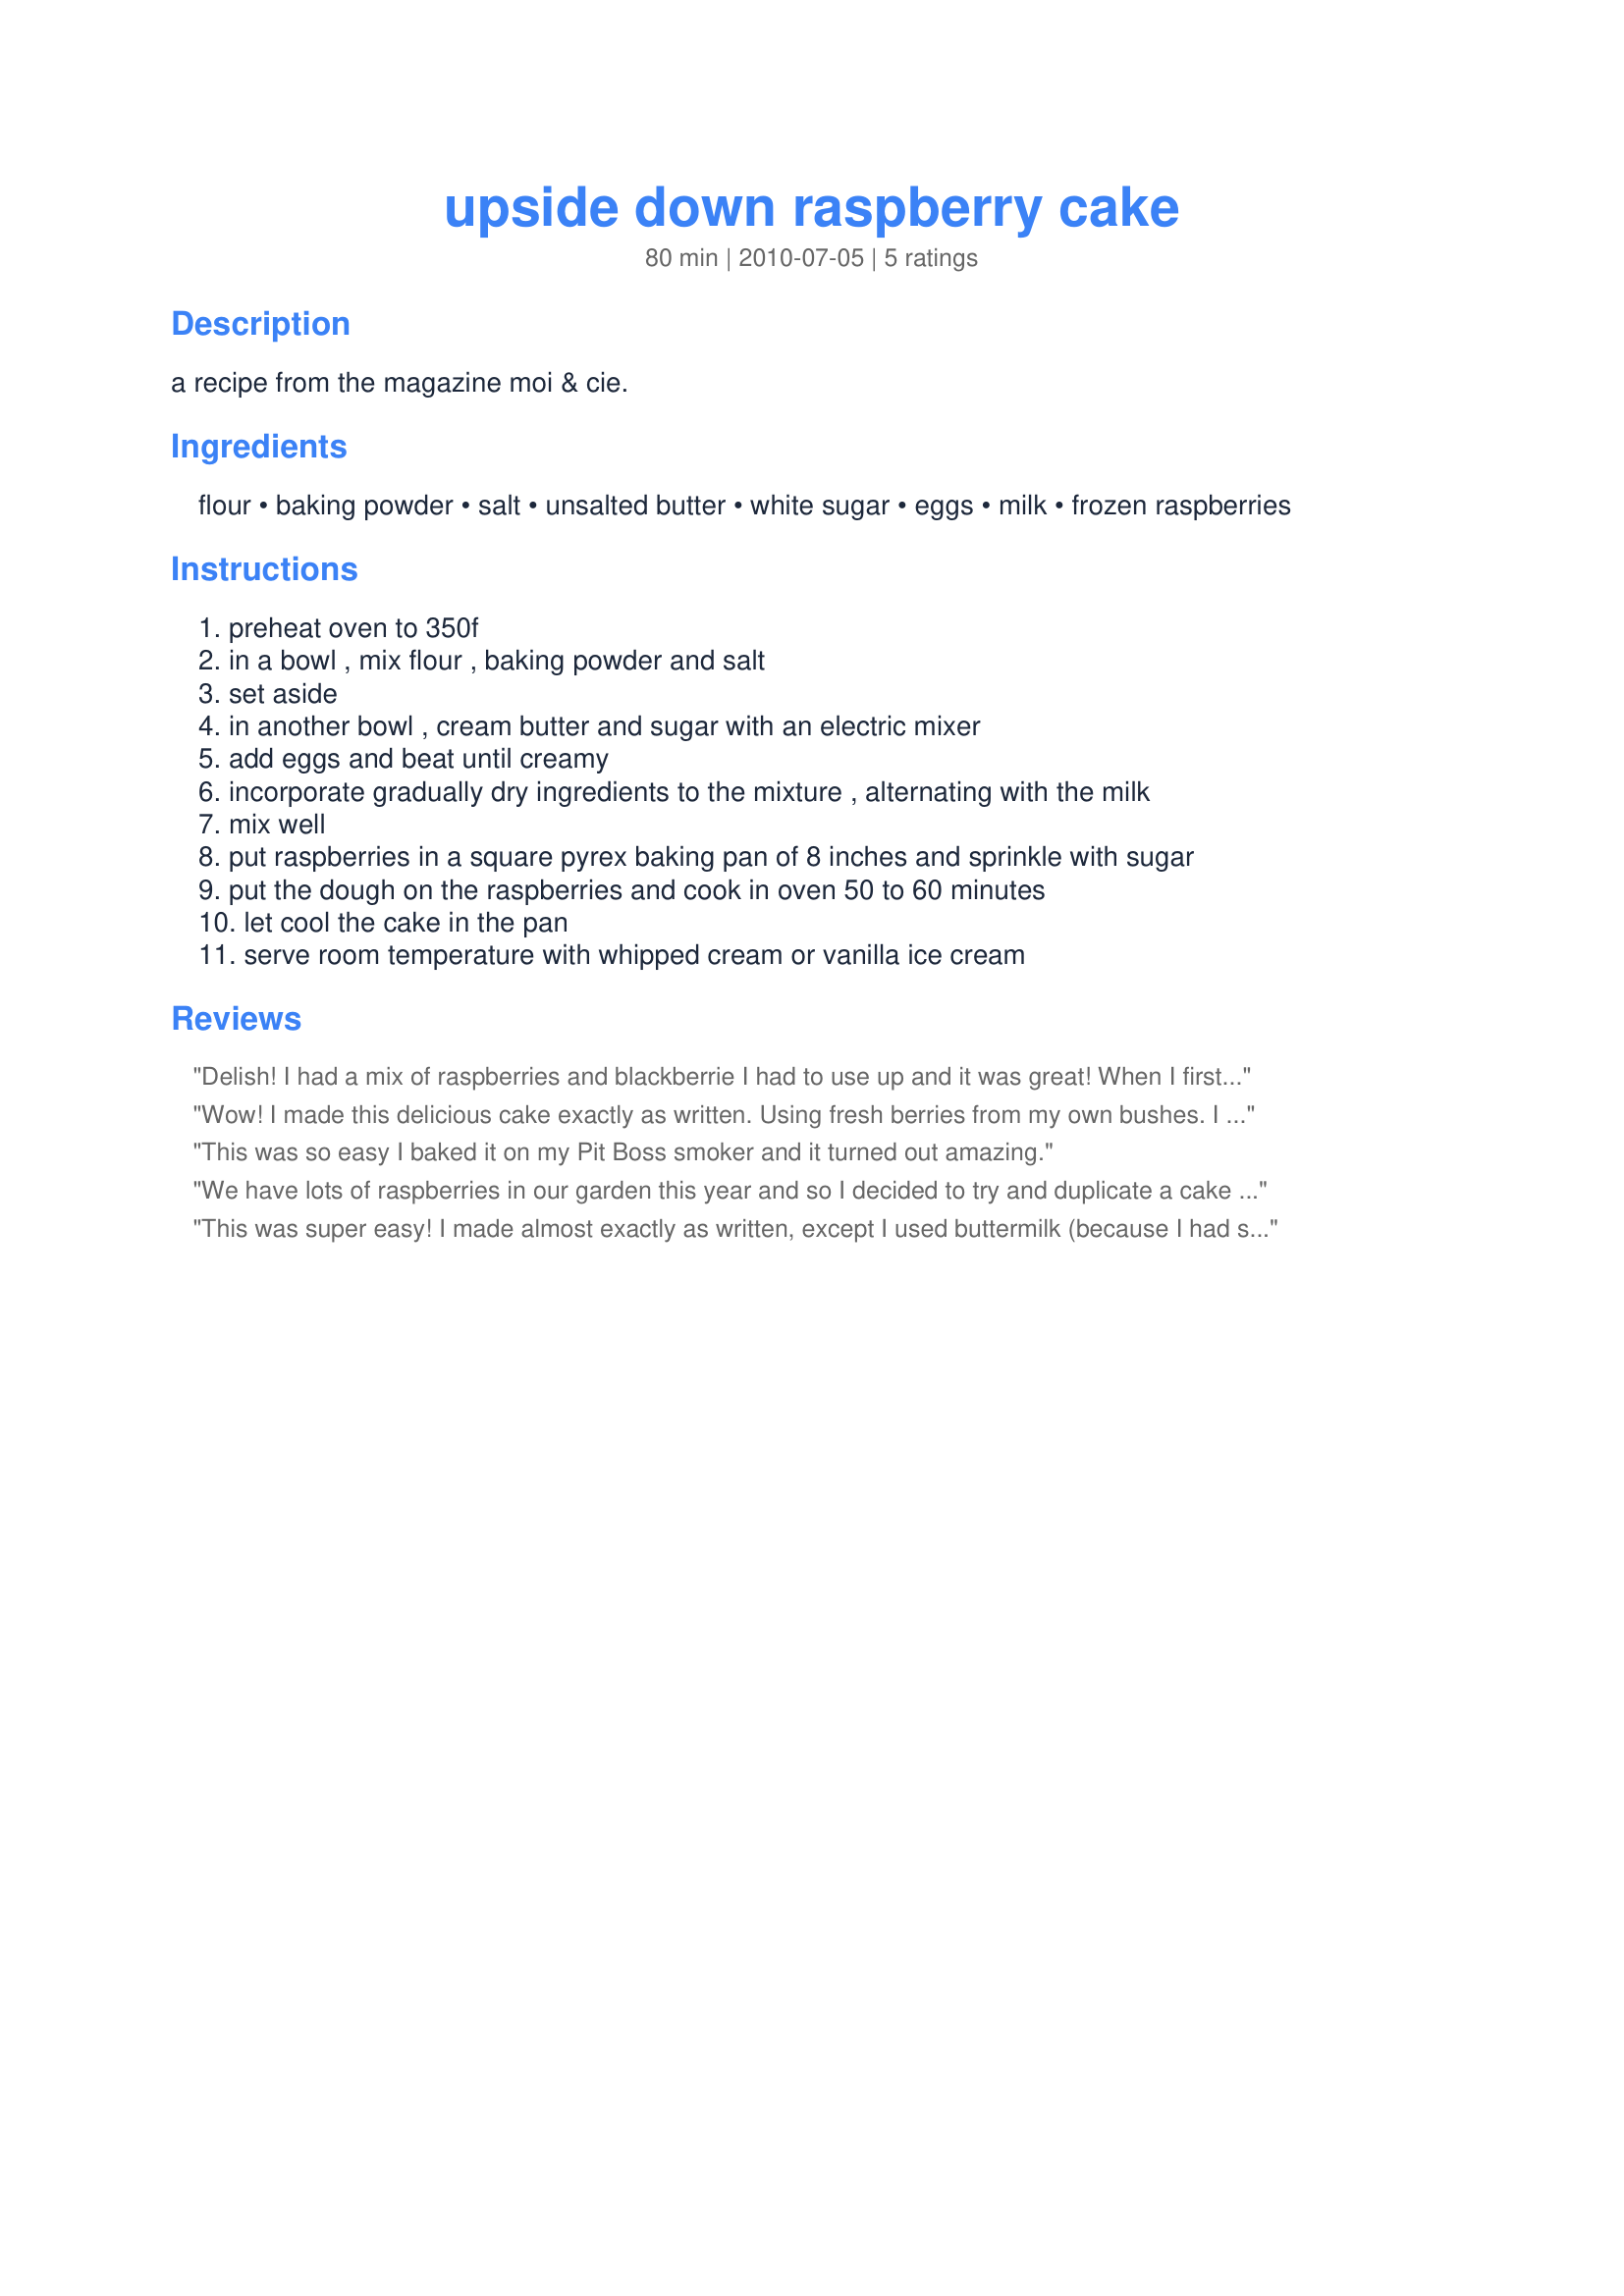
upside down raspberry cake
Preparation time: 80 minutes

a recipe from the magazine moi & cie.

Ingredients:
flour, baking powder, salt, unsalted butter, white sugar, eggs, milk, frozen raspberries

Steps:
preheat oven to 350f, in a bowl , mix flour , baking powder and salt, set aside, in another bowl , cream butter and sugar with an electric mixer, add eggs and beat until creamy, incorporate gradually dry ingredients to the mixture , alternating with the milk, mix well, put raspberries in a square pyrex baking pan of 8 inches and sprinkle with sugar, put the dough on the raspberries and cook in oven 50 to 60 minutes, let cool the cake in the pan, serve room temperature with whipped cream or vanilla ice cream

Reviews:
Delish! I had a mix of raspberries and blackberrie I had to use up and it was great! When I first looked at the serving size, I thot it meant a serving for 1 person, not 1 cake. LOL Thanks for posting, Boomers!!
Wow! I made this delicious cake exactly as written. Using fresh berries from my own bushes. I didn't get many berries this year, so am thrilled that they were so wonderful in this dish. The cake was perfect, light tender and fluffy with delicious tart berries. My dh was over the moon. I served this with our favorite vanilla bean ice cream. We both ran for the last peice, it was ambrosia. Very quick and easy to make. Thanks for sharing this dish that we will enjoy all summer.
This was so easy I baked it on my Pit Boss smoker and it turned out amazing.
We have lots of raspberries in our garden this year and so I decided to try and duplicate a cake that Mom used to make when we were children. We used to beg her to make a raspberry upside down cake for desert during the summer and she would send us up the hill behind our home to pick the berries while she prepared the topping. She made her topping with Bisquist, but I wanted to make one from scratch so I tried this recipe with fabulous results. I&#039;m not a big fan of super sweet anymore so I sprinkled only 3 Tbsp. sugar over the raspberries and I liked the crust from another recipe that was made by combining 1 Tbsp cornstarch, 1/8 tsp. salt and 1/2 cup warm orange juice. This was very gently poured over the topping before baking. The result is a slightly crispy topping with slight orange flavor. Mmm mmm mmm.
This was super easy! I made almost exactly as written, except I used buttermilk (because I had some to use up) and mixed frozen berries (blackberries, raspberries and strawberries). Very nice, tasty cake that was delicious with a dollop of whipped cream. I will be making this again!
